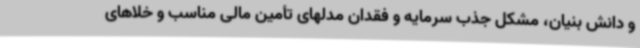
و دانش بنیان، مشکل جذب سرمایه و فقدان مدلهای تأمین مالی مناسب و خلاهای